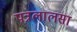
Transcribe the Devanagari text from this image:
पत्रलालसा